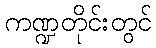
ကဏ္ဍတိုင်းတွင်